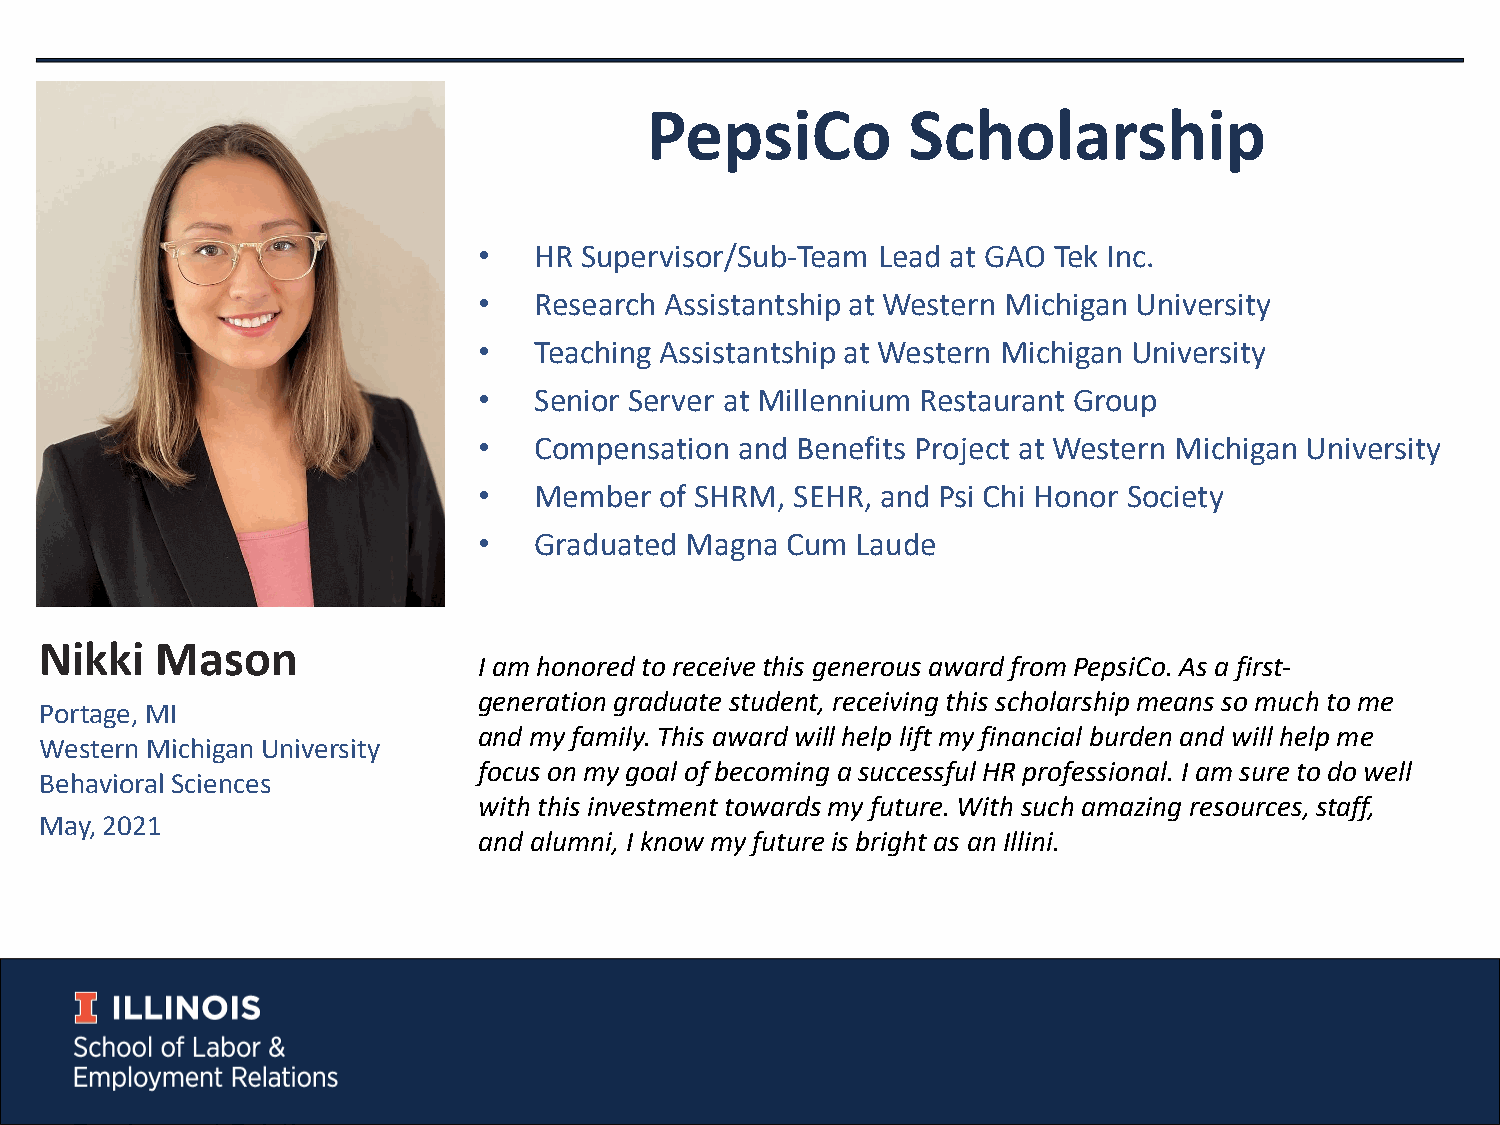
PepsiCo          Scholarship
 •  HR Supervisor/Sub-Team Lead at GAO Tek Inc.
 •  Research Assistantship at Western Michigan University
 •  Teaching Assistantship at Western Michigan University
 •  Senior Server at Millennium Restaurant Group
 •  Compensation  and Benefits Project at Western Michigan University
 •  Member   of SHRM, SEHR, and Psi Chi Honor Society
 •  Graduated Magna  Cum  Laude
 Nikki  Mason
 I am honored to receive this generous award from PepsiCo. As a first-
 generation graduate student, receiving this scholarship means so much to me
 Portage, MI
 and my family. This award will help lift my financial burden and will help me
 Western Michigan University
 focus on my goal of becoming a successful HR professional. I am sure to do well
 Behavioral Sciences
 with this investment towards my future. With such amazing resources, staff,
 May, 2021
 and alumni, I know my future is bright as an Illini.